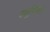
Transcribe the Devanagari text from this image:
पर्य्युपासत